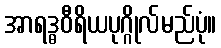
အာရဒ္ဓဝီရိယပုဂ္ဂိုလ်မည်ပုံ။